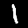
Digit: 1